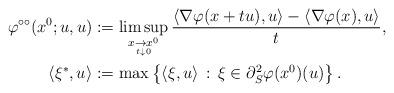
LaTeX: \begin{align*}\varphi^{\circ \circ}(x^0;u,u)&:=\limsup\limits_{\mathop {x \to x^0}\limits_{t \downarrow 0} } \frac{\langle\nabla \varphi(x+tu), u\rangle-\langle\nabla \varphi(x), u\rangle}{t},\\\langle \xi^{*}, u\rangle&:=\max \left\{\langle \xi, u\rangle\,:\, \xi \in \partial_S^2\varphi(x^0)(u)\right\}.\end{align*}